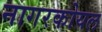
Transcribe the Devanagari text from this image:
नागरकोयल